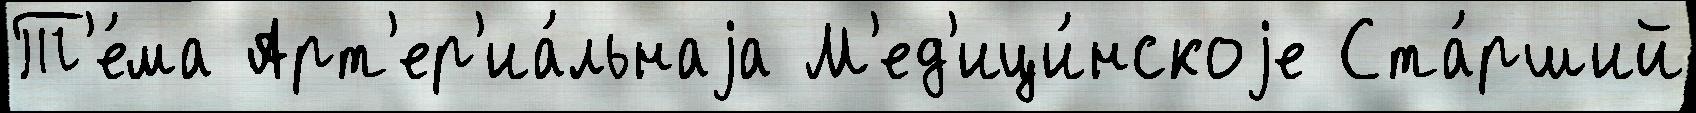
Т'е́ма Арт'ер'иа́льнаjа М'ед'ици́нскоjе Ста́рший